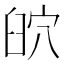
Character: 𦥨